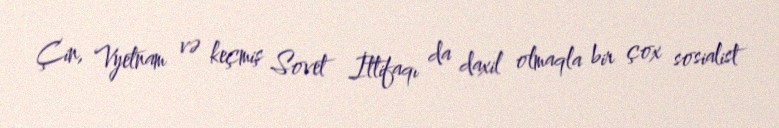
Çin, Vyetnam və keçmiş Sovet İttifaqı da daxil olmaqla bir çox sosialist